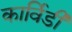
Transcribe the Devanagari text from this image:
कार्विडी